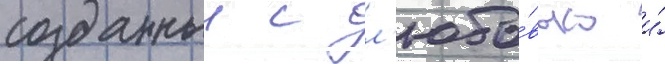
созданныи с л'юбо́вью и́